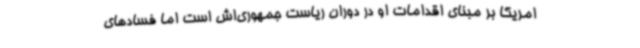
امریکا بر مبنای اقدامات او در دوران ریاست جمهوری‌اش است اما فسادهای